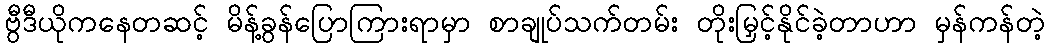
ဗွီဒီယိုကနေတဆင့် မိန့်ခွန်ပြောကြားရာမှာ စာချုပ်သက်တမ်း တိုးမြှင့်နိုင်ခဲ့တာဟာ မှန်ကန်တဲ့